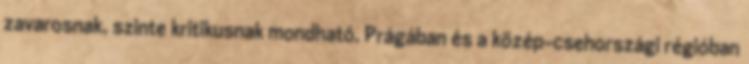
zavarosnak, szinte kritikusnak mondható. Prágában és a közép-csehországi régióban